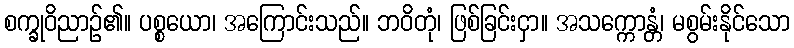
စက္ခုဝိညာဉ်၏။ ပစ္စယော၊ အကြောင်းသည်။ ဘဝိတုံ၊ ဖြစ်ခြင်းငှာ။ အသက္ကောန္တံ၊ မစွမ်းနိုင်သော